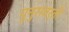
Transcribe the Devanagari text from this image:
पुनुरावर्ती